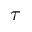
\tau